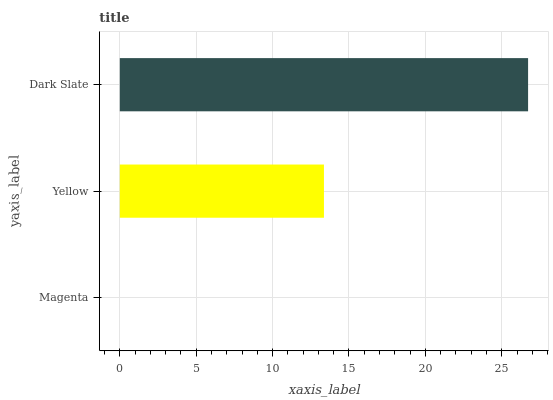
| yaxis_label | bars |
 | --- | --- |
 | Magenta | 0 |
 | Yellow | 13.4 |
 | Dark Slate | 26.7 |